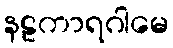
နဠကာရဂါမေ